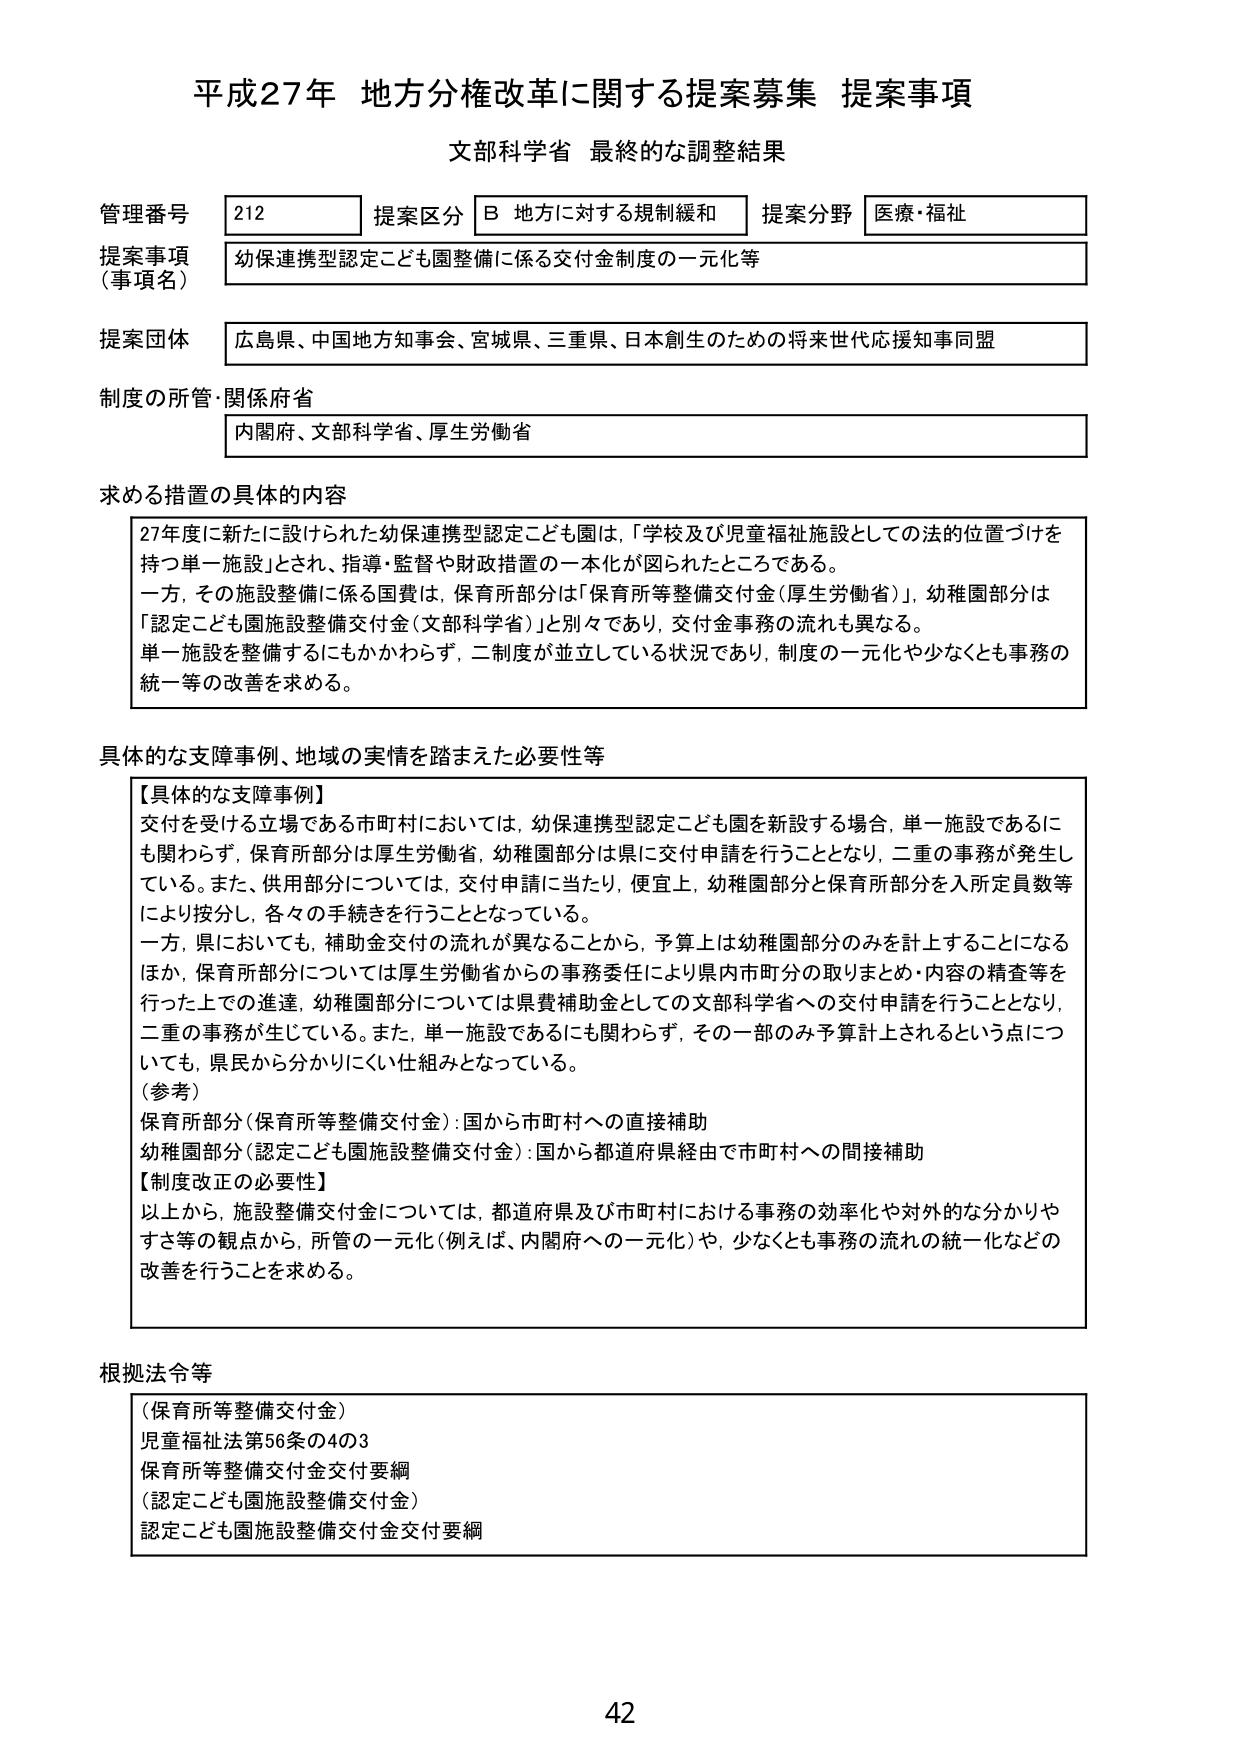
平成27年 地方分権改革に関する提案募集 提案事項
文部科学省 最終的な調整結果

管理番号 212 提案区分 B 地方に対する規制緩和 提案分野 医療・福祉
提案事項（事項名） 幼保連携型認定こども園整備に係る交付金制度の一元化等
提案団体 広島県、中国地方知事会、宮城県、三重県、日本創生のための将来世代応援知事同盟
制度の所管・関係府省 内閣府、文部科学省、厚生労働省

求める措置の具体的内容
27年度に新たに設けられた幼保連携型認定こども園は、「学校及び児童福祉施設としての法的位置づけを持つ単一施設」とされ、指導・監督や財政措置の一本化が図られたところである。
一方、その施設整備に係る国費は、保育所部分は「保育所等整備交付金（厚生労働省）」、幼稚園部分は「認定こども園施設整備交付金（文部科学省）」と別々であり、交付金事務の流れも異なる。
単一施設を整備するにもかかわらず、二制度が並立している状況であり、制度の一元化や少なくとも事務の統一等の改善を求める。

具体的な支障事例、地域の実情を踏まえた必要性等
【具体的な支障事例】
交付を受ける立場である市町村においては、幼保連携型認定こども園を新設する場合、単一施設であるにも関わらず、保育所部分は厚生労働省、幼稚園部分は県に交付申請を行うこととなり、二重の事務が発生している。また、供用部分については、交付申請に当たり、便宜上、幼稚園部分と保育所部分を入所定員数等により按分し、各々の手続きを行うこととなっている。
一方、県においても、補助金交付の流れが異なることから、予算上は幼稚園部分のみを計上することになるほか、保育所部分については厚生労働省からの事務委任により県内市町村の取りまとめ・内容の精査等を行った上での進達、幼稚園部分については県費補助金としての文部科学省への交付申請を行うこととなり、二重の事務が生じている。また、単一施設であるにも関わらず、その一部のみ予算計上されるという点についても、県民から分かりにくい仕組みとなっている。
（参考）
保育所部分（保育所等整備交付金）：国から市町村への直接補助
幼稚園部分（認定こども園施設整備交付金）：国から都道府県経由で市町村への間接補助
【制度改正の必要性】
以上から、施設整備交付金については、都道府県及び市町村における事務の効率化や対外的な分かりやすさ等の観点から、所管の一元化（例えば、内閣府への一元化）や、少なくとも事務の流れの統一化などの改善を行うことを求める。

根拠法令等
（保育所等整備交付金）
児童福祉法第56条の4の3
保育所等整備交付金交付要綱
（認定こども園施設整備交付金）
認定こども園施設整備交付金交付要綱

42